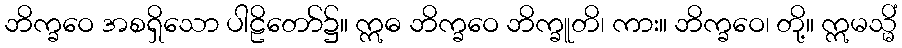
ဘိက္ခဝေ အစရှိသော ပါဠိတော်၌။ ဣဓ ဘိက္ခဝေ ဘိက္ခူတိ၊ ကား။ ဘိက္ခဝေ၊ တို့။ ဣမသ္မိံ